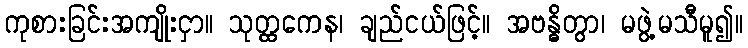
ကုစားခြင်းအကျိုးငှာ။ သုတ္ထကေန၊ ချည်ငယ်ဖြင့်။ အဗန္ဓိတွာ၊ မဖွဲ့မသီမူ၍။